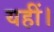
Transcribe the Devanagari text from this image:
यहीं।